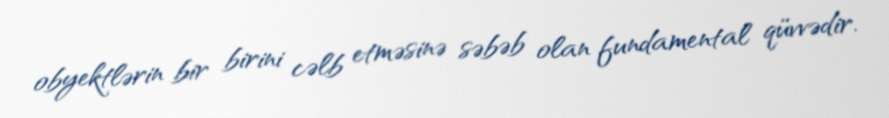
obyektlərin bir birini cəlb etməsinə səbəb olan fundamental qüvvədir.